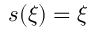
s ( \xi ) = \xi